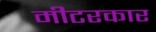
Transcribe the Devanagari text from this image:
मीटरकार